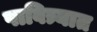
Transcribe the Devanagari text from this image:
पावित्र्यात